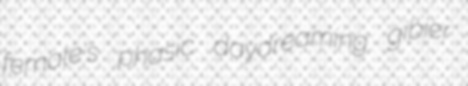
female's phasic daydreaming gibier